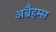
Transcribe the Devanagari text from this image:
अब्रैहम्स